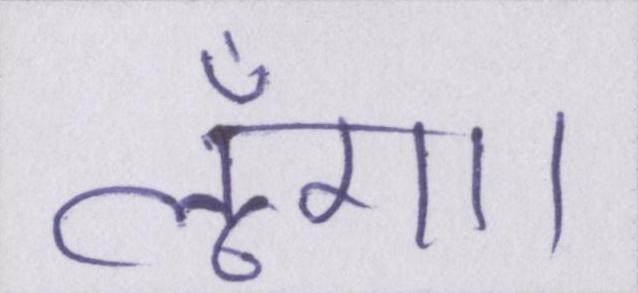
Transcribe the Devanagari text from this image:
लूँगा।